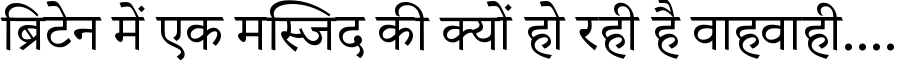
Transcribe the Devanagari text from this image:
ब्रिटेन में एक मस्जिद की क्यों हो रही है वाहवाही....